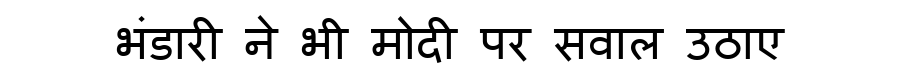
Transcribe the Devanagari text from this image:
भंडारी ने भी मोदी पर सवाल उठाए